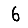
Digit: 6